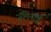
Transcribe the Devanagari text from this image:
जॅमिनाई